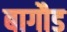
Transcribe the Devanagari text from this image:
बागौड